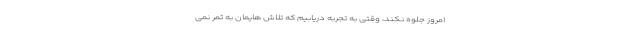
امروز جلوه نکند، وقتی به تجربه دریابیم که تلاش هایمان به ثمر نمی